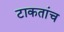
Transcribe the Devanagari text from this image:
टाकतांच